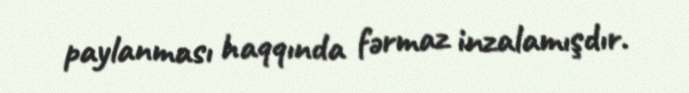
paylanması haqqında fərmaz inzalamışdır.